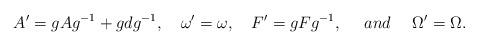
LaTeX: \begin{align*}A'=g Ag^{-1} +g dg^{-1}, \ \ \ \omega '=\omega, \ \ \ F'=g Fg^{-1}, \ \ \ \ and \ \ \ \ \Omega ' =\Omega .\end{align*}